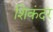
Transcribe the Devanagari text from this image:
शिकंदर